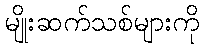
မျိုးဆက်သစ်များကို